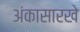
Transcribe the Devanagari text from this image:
अंकासारखे